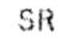
SR